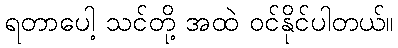
ရတာပေါ့ သင်တို့ အထဲ ဝင်နိုင်ပါတယ်။